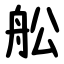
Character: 舩